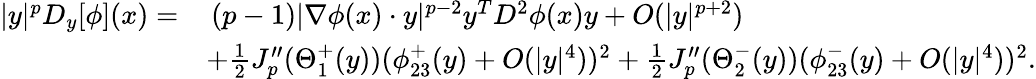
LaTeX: \begin{array}{rl}{|y|^{p}D_{y}[\phi](x)=}&{\, (p-1)|\nabla\phi(x)\cdot y|^{p-2}y^{T}D^{2}\phi(x)y+O(|y|^{p+2})}\\ &{+\frac{1}{2}J_{p}^{\prime\prime}(\Theta_{1}^{+}(y))(\phi_{23}^{+}(y)+O(|y|^{4}))^{2}+\frac{1}{2}J_{p}^{\prime\prime}(\Theta_{2}^{-}(y))(\phi_{23}^{-}(y)+O(|y|^{4}))^{2}.}\end{array}